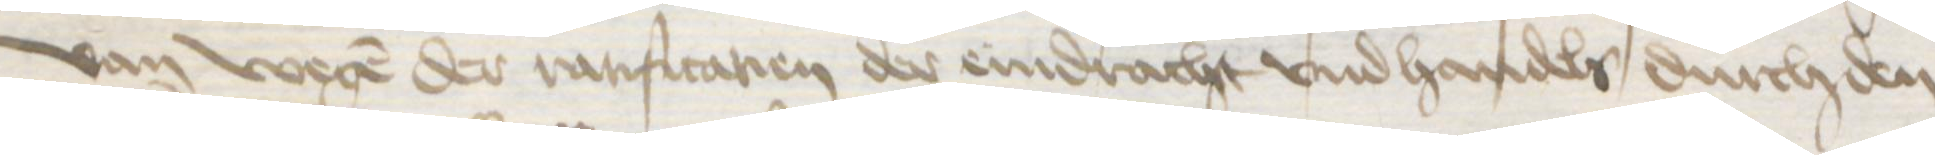
Van wegen der rarificatien der eindracht vnd handels durch den